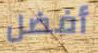
أفضل